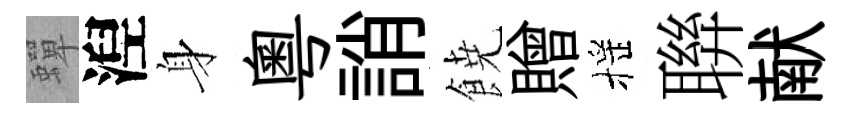
蟬湼身粤誚𩜙贈摇聨献